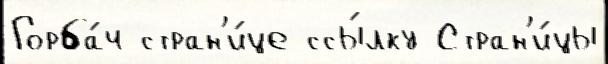
Горба́ч стран'и́це ссы́лку Стран'и́цы